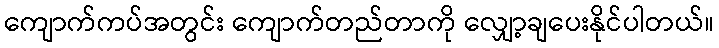
ကျောက်ကပ်အတွင်း ကျောက်တည်တာကို လျှော့ချပေးနိုင်ပါတယ်။